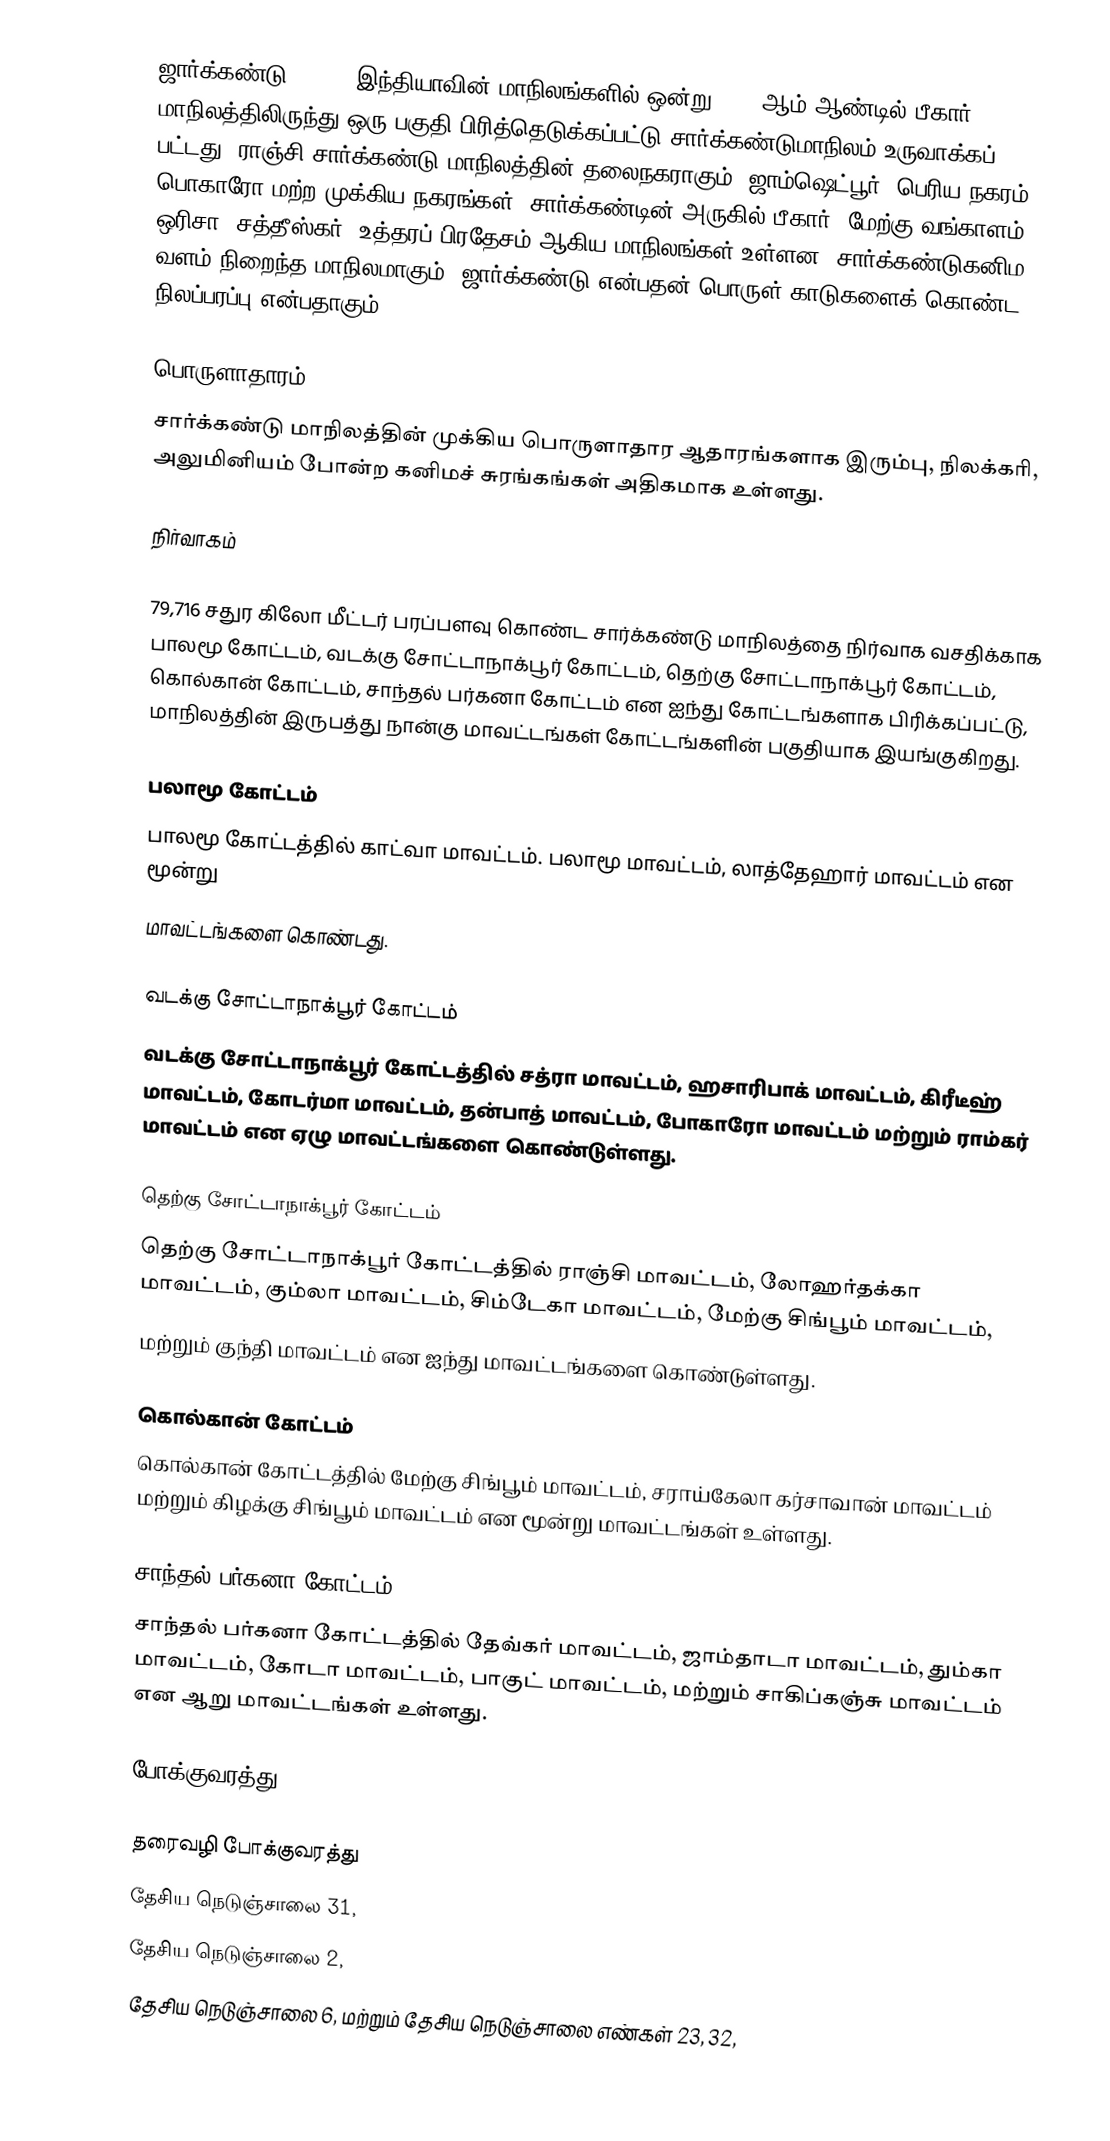
ஜார்க்கண்டு (, , ) இந்தியாவின் மாநிலங்களில் ஒன்று. 2000ஆம் ஆண்டில் பீகார் மாநிலத்திலிருந்து ஒரு பகுதி பிரித்தெடுக்கப்பட்டு சார்க்கண்டுமாநிலம் உருவாக்கப் பட்டது. ராஞ்சி சார்க்கண்டு மாநிலத்தின் தலைநகராகும். ஜாம்ஷெட்பூர் (பெரிய நகரம்), பொகாரோ மற்ற முக்கிய நகரங்கள். சார்க்கண்டின் அருகில் பீகார், மேற்கு வங்காளம், ஒரிசா, சத்தீஸ்கர், உத்தரப் பிரதேசம் ஆகிய மாநிலங்கள் உள்ளன. சார்க்கண்டுகனிம வளம் நிறைந்த மாநிலமாகும். ஜார்க்கண்டு என்பதன் பொருள் காடுகளைக் கொண்ட நிலப்பரப்பு என்பதாகும்.

பொருளாதாரம்
சார்க்கண்டு மாநிலத்தின் முக்கிய பொருளாதார ஆதாரங்களாக இரும்பு, நிலக்கரி, அலுமினியம் போன்ற கனிமச் சுரங்கங்கள் அதிகமாக உள்ளது.

நிர்வாகம்

79,716  சதுர கிலோ மீட்டர் பரப்பளவு  கொண்ட சார்க்கண்டு மாநிலத்தை நிர்வாக வசதிக்காக பாலமூ கோட்டம், வடக்கு சோட்டாநாக்பூர் கோட்டம், தெற்கு சோட்டாநாக்பூர் கோட்டம், கொல்கான் கோட்டம், சாந்தல் பர்கனா கோட்டம் என ஐந்து கோட்டங்களாக பிரிக்கப்பட்டு, மாநிலத்தின் இருபத்து நான்கு மாவட்டங்கள் கோட்டங்களின் பகுதியாக இயங்குகிறது.

பலாமூ கோட்டம்
பாலமூ கோட்டத்தில் காட்வா மாவட்டம். பலாமூ மாவட்டம், லாத்தேஹார் மாவட்டம் என மூன்று
மாவட்டங்களை கொண்டது.

வடக்கு சோட்டாநாக்பூர் கோட்டம்
வடக்கு சோட்டாநாக்பூர் கோட்டத்தில் சத்ரா மாவட்டம், ஹசாரிபாக் மாவட்டம், கிரீடீஹ் மாவட்டம், கோடர்மா மாவட்டம், தன்பாத் மாவட்டம், போகாரோ மாவட்டம் மற்றும்  ராம்கர் மாவட்டம் என  ஏழு மாவட்டங்களை கொண்டுள்ளது.

தெற்கு சோட்டாநாக்பூர் கோட்டம்
தெற்கு சோட்டாநாக்பூர் கோட்டத்தில் ராஞ்சி மாவட்டம், லோஹர்தக்கா மாவட்டம், கும்லா மாவட்டம், சிம்டேகா மாவட்டம், மேற்கு சிங்பூம் மாவட்டம்,
மற்றும் குந்தி மாவட்டம் என ஐந்து மாவட்டங்களை கொண்டுள்ளது.

கொல்கான் கோட்டம்
கொல்கான் கோட்டத்தில் மேற்கு சிங்பூம் மாவட்டம், சராய்கேலா கர்சாவான் மாவட்டம்  மற்றும் கிழக்கு சிங்பூம் மாவட்டம் என மூன்று மாவட்டங்கள் உள்ளது.

சாந்தல் பர்கனா கோட்டம்
சாந்தல் பர்கனா கோட்டத்தில் தேவ்கர் மாவட்டம், ஜாம்தாடா மாவட்டம், தும்கா மாவட்டம், கோடா மாவட்டம், பாகுட் மாவட்டம், மற்றும் சாகிப்கஞ்சு மாவட்டம் என ஆறு மாவட்டங்கள் உள்ளது.

போக்குவரத்து

தரைவழி போக்குவரத்து
தேசிய நெடுஞ்சாலை 31,
தேசிய நெடுஞ்சாலை 2,
தேசிய நெடுஞ்சாலை 6, மற்றும் தேசிய நெடுஞ்சாலை எண்கள் 23, 32,